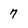
Character: 7